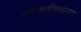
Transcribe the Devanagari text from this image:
संस्कृतींमधल्या